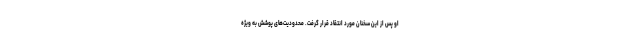
او پس از این سخنان مورد انتقاد قرار گرفت. محدودیت‌های پوشش به ویژه